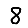
Digit: 8